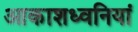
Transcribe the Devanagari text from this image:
आकाशध्वनियां